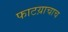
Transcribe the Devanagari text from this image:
फाटय़ाचाच